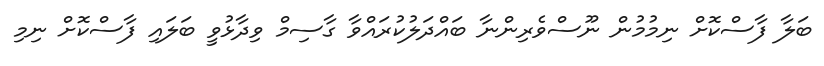
ބަލާ ފާސްކޮށް ނިމުމުން ނޫސްވެރިންނާ ބައްދަލުކުރައްވާ ގާސިމް ވިދާޅުވީ ބަލައި ފާސްކޮށް ނިމި